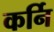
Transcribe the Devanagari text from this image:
कर्नि